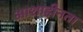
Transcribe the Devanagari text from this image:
आशाहीनता